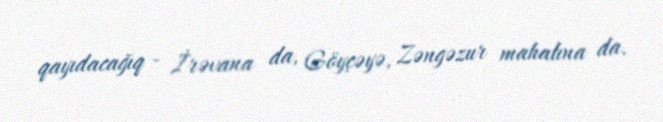
qayıdacağıq - İrəvana da, Göyçəyə, Zəngəzur mahalına da.